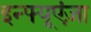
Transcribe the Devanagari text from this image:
इन्फ्यूएंज़ा